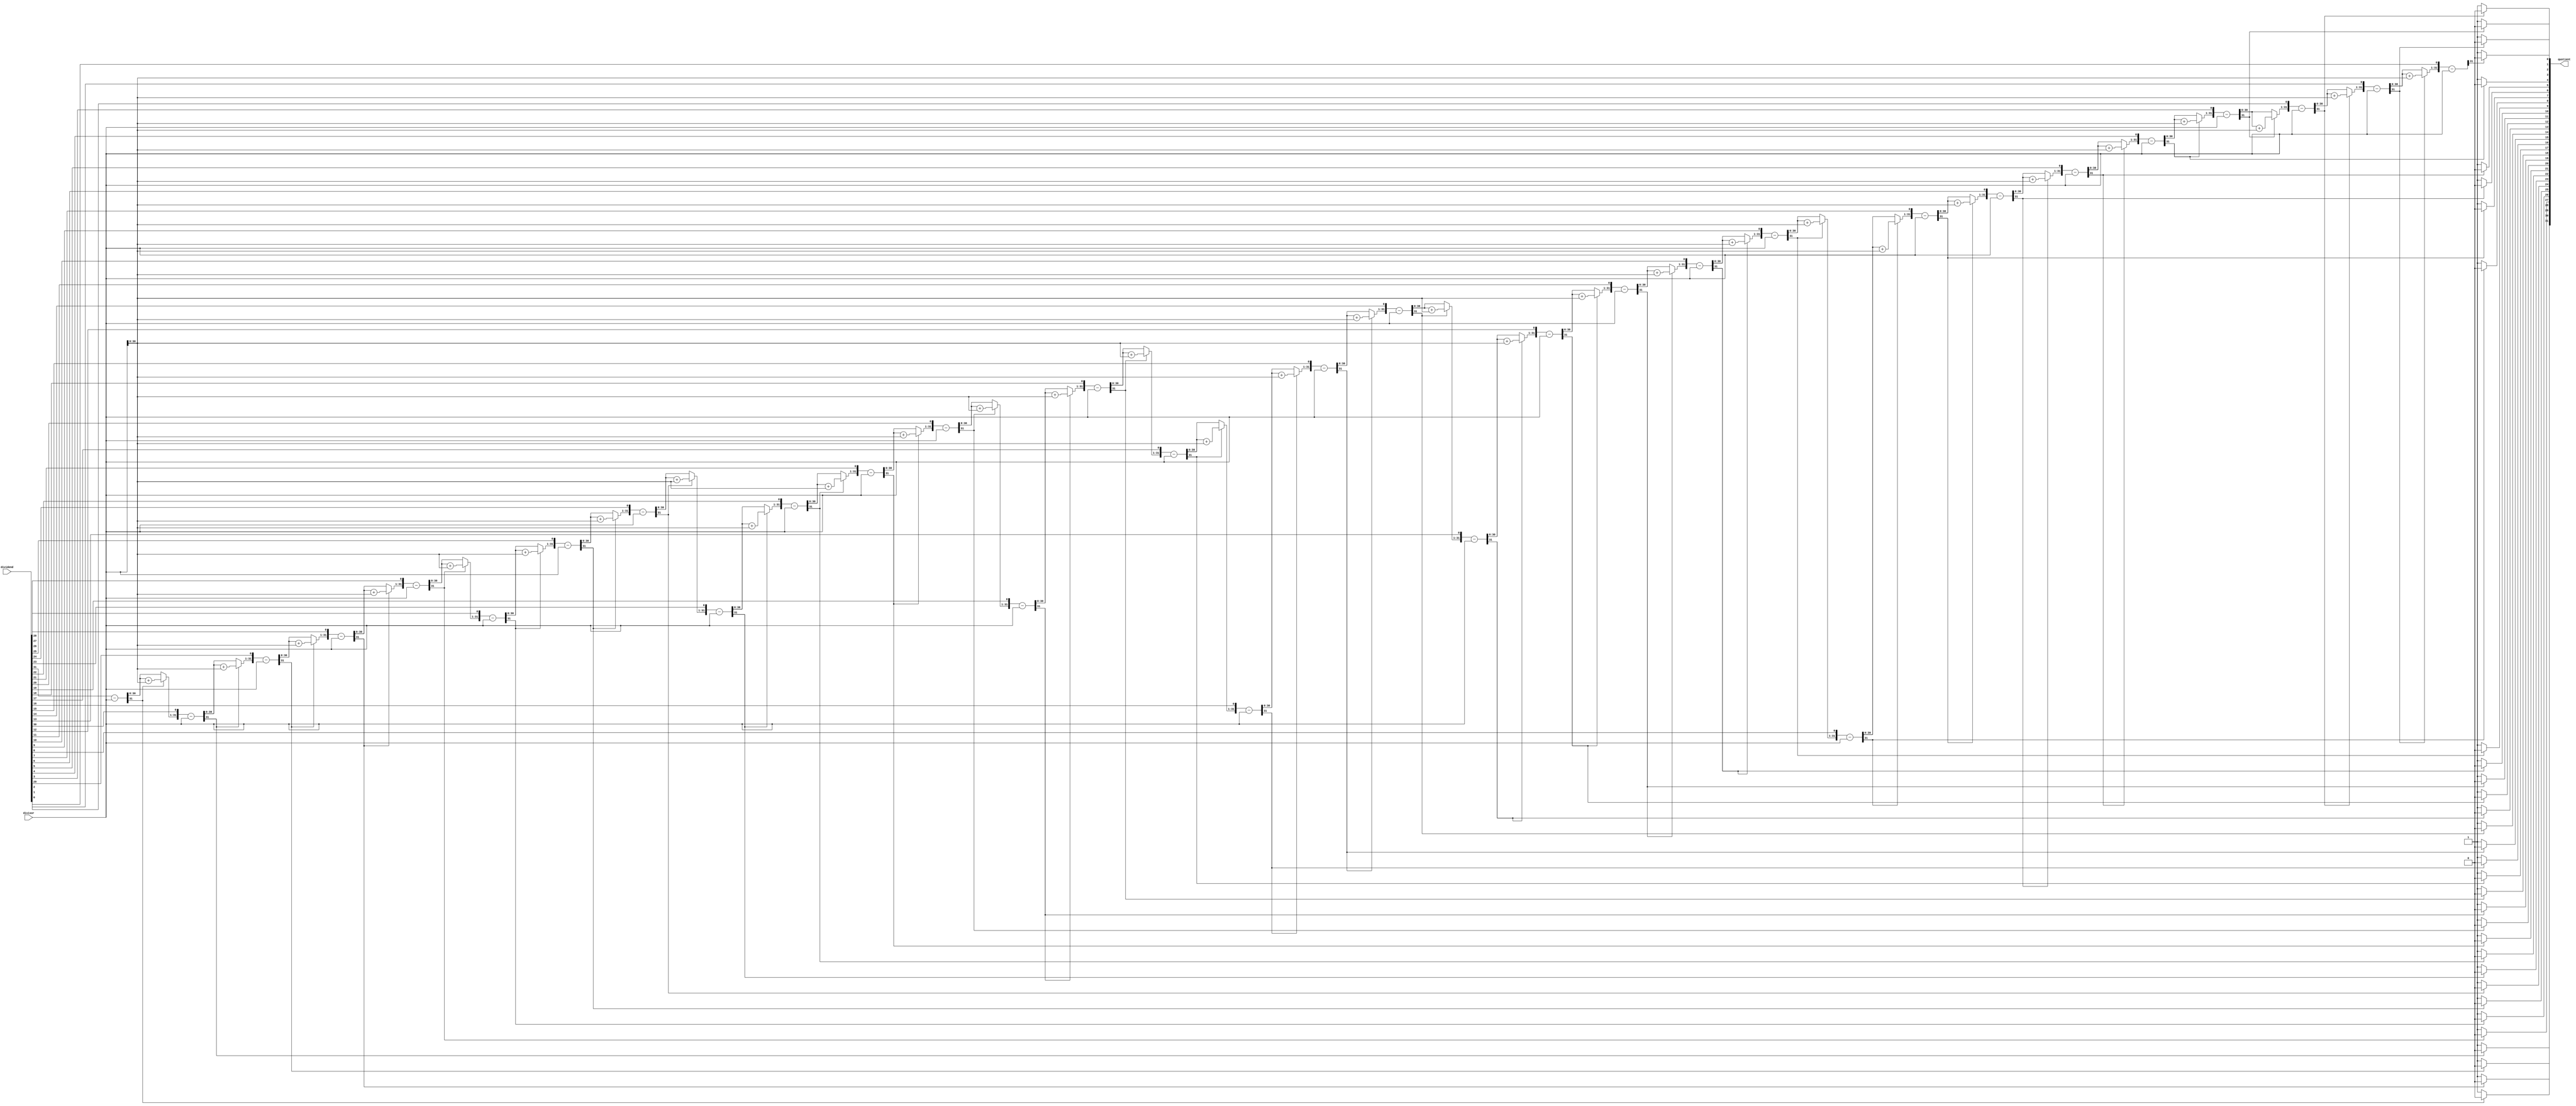
module divide(input [31:0] dividend, divisor, output reg [31:0] quotient);
    reg [31:0] m, q;
    reg [32:0] a;
    integer i;

    always @ (*)
    begin
        begin
        q = dividend;
        m = divisor;
        a = 0;
        for(i = 0; i < 32; i = i+1)
        begin
            a = {a[30:0], q[31]};
            q[31:1] = q[30:0];
            a = a - m;

            if(a[31] == 1)
            begin
                q[0] = 0;
                a = a + m;
            end
            else
            begin
                q[0] = 1;
            end
        end
        quotient = q;
          end
    end 

endmodule